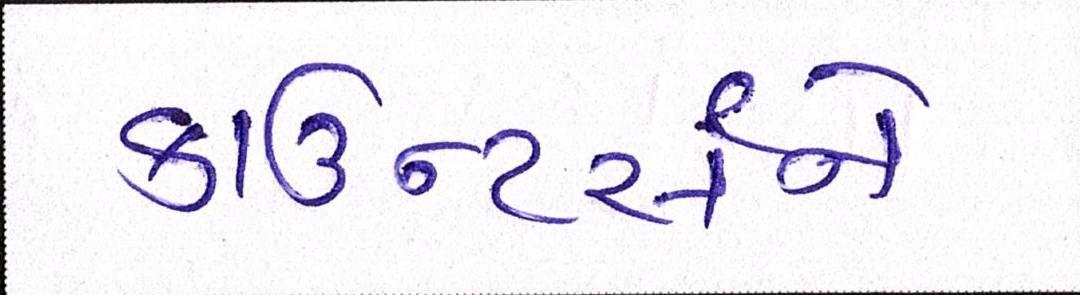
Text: કાઉન્ટર્સને